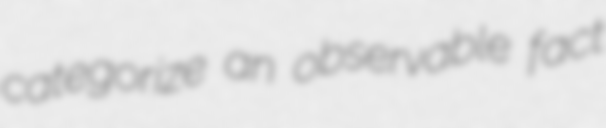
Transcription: categorize an observable fact